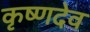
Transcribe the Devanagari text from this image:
कृष्‍णदेव